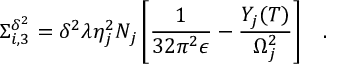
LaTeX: \Sigma _ { i , 3 } ^ { \delta ^ { 2 } } = \delta ^ { 2 } \lambda \eta _ { j } ^ { 2 } N _ { j } \left[ \frac { 1 } { 3 2 \pi ^ { 2 } \epsilon } - \frac { Y _ { j } ( T ) } { \Omega _ { j } ^ { 2 } } \right] \; \; \; .